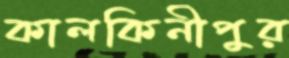
কালকিনীপুর